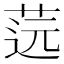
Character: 䓕